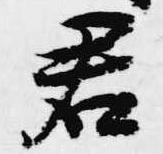
君